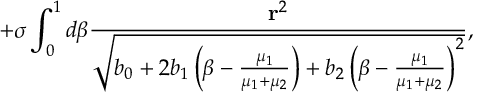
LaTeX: + \sigma \int _ { 0 } ^ { 1 } d \beta \frac { { \bf r } ^ { 2 } } { \sqrt { b _ { 0 } + 2 b _ { 1 } \left( \beta - \frac { \mu _ { 1 } } { \mu _ { 1 } + \mu _ { 2 } } \right) + b _ { 2 } \left( \beta - \frac { \mu _ { 1 } } { \mu _ { 1 } + \mu _ { 2 } } \right) ^ { 2 } } } ,